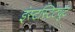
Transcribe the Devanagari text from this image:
इंस्टस्टिट्यूट